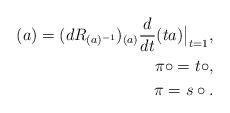
LaTeX: \begin{align*}(a)=(dR_{(a)^{-1}})_{(a)}\frac{d}{dt} (ta)\big|_{t=1}, \\\pi\circ = t\circ , \\\pi = s\circ . \end{align*}